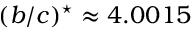
( b / c ) ^ { \star } \approx 4 . 0 0 1 5